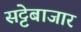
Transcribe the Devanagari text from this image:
सट्टेबाजार